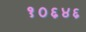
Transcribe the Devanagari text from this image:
१०६४६